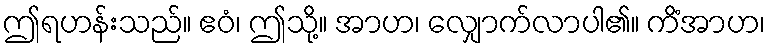
ဤရဟန်းသည်။ ဧဝံ၊ ဤသို့။ အာဟ၊ လျှောက်လာပါ၏။ ကိံအာဟ၊